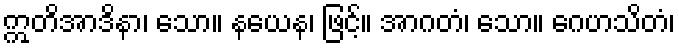
ဣတိအာဒိနာ၊ သော။ နယေန၊ ဖြင့်။ အာဂတံ၊ သော။ ဂေဟသိတံ၊